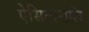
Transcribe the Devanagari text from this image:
ऐसिटासलि